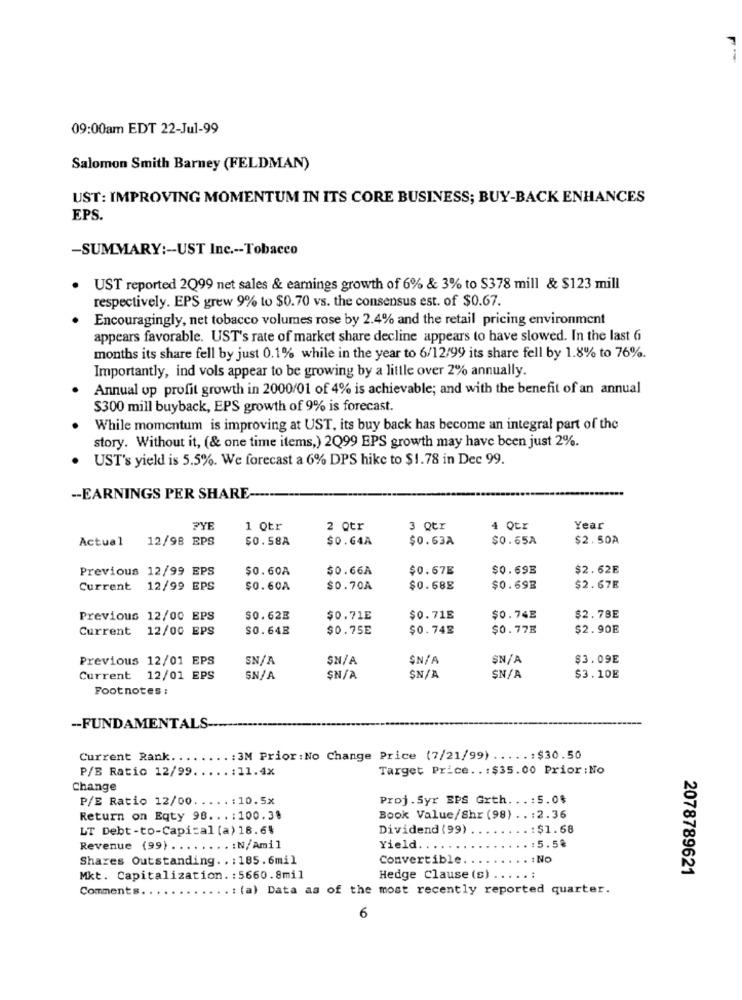
09:00am EDT 22-Jul-99
Salomon Smith Barney (FELDMAN)
UST: IMPROVING MOMENTUM IN ITS CORE BUSINESS; BUY-BACK ENHANCES
EPS.
-SUMMARY :- UST Inc .-- Tobacco
UST reported 2Q99 net sales & earnings growth of 6% & 3% to $378 mill & $123 mill
respectively. EPS grew 9% to $0.70 vs. the consensus est. of $0.67.
Encouragingly, net tobacco volumes rose by 2.4% and the retail pricing environment
appears favorable. UST's rate of market share decline appears to have slowed. In the last 6
months its share fell by just 0.1% while in the year to 6/12/99 its share fell by 1.8% to 76%.
Importantly, ind vols appear to be growing by a little over 2% annually.
Annual op profit growth in 2000/01 of 4% is achievable; and with the benefit of an annual
$300 mill buyback, EPS growth of 9% is forecast.
While momentum is improving at UST, its buy back has become an integral part of the
story. Without it, (& one time items,) 2Q99 EPS growth may have been just 2%.
UST's yield is 5.5%. We forecast a 6% DPS hike to $1.78 in Dec 99.
-- EARNINGS PER SHARE-
PYE
1 Qtr
2 Qtr
3 Qtr
4 QLI
Year
Actual
12/98 EPS
$0.58A
$0.64A
$0.63A
$0.65A
$2.50A
Previous 12/99 EPS
$0.60A
$0.66A
$0.67E
$0.69B
$2.62E
Current 12/99 EPS
$0.60A
$0.70A
$0.68E
$0.69E
$2.67E
Previous 12/00 EPS
$0.62E
$0.71E
$0.715
$0.74E
$2.78E
Current 12/00 EPS
SO.64B
$0.75E
$0.748
$0.77B
$2.90E
Previous 12/01 EPS
SN/A
$N/A
SN/A
$N/A
$3.09E
Current 12/01 EPS
SN/A
ŞN/A
ŞN/A
$N/A
$3.10E
Footnotes :
-FUNDAMENTALS --
Current Rank ...
....: 3M Prior: No Change Price (7/21/99) .....: $30.50
P/E Ratio 12/99 .....: 11.4X
Target Price ..: $35.00 Prior : No
Change
P/E Ratio 12/00.
..: 10.5x
Proj. Syr EPS Grth. . . : 5.0$
Return on Eqty 98 ... : 100.3.
Book Value/Shr (98) .. : 2.36
LT Debt-to-Capital (a) 18.6%
Dividend (99)
. : $1.68
Revenue (99) ........: N/Amil
Yield.
:5.5%
Shares Outstanding .. : 185. 6mil
Convertible.
: NO
2078789621
Mkt. Capitalization. : 5660.8mil
Hedge Clause (s)
Comments
: (a) Data as of the most recently reported quarter.
6